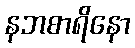
နဘစာရိနော